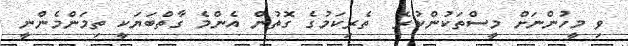
ވި މީހުންނަށް މީސްތަކުންކުރެ  ތެރިކަމުގެ ގޮތުން އެންމެ ގާތްބަޔަކީ ތިމަންމެންނީ